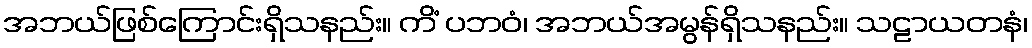
အဘယ်ဖြစ်ကြောင်းရှိသနည်း။ ကိံ ပဘဝံ၊ အဘယ်အမွန်ရှိသနည်း။ သဠာယတနံ၊